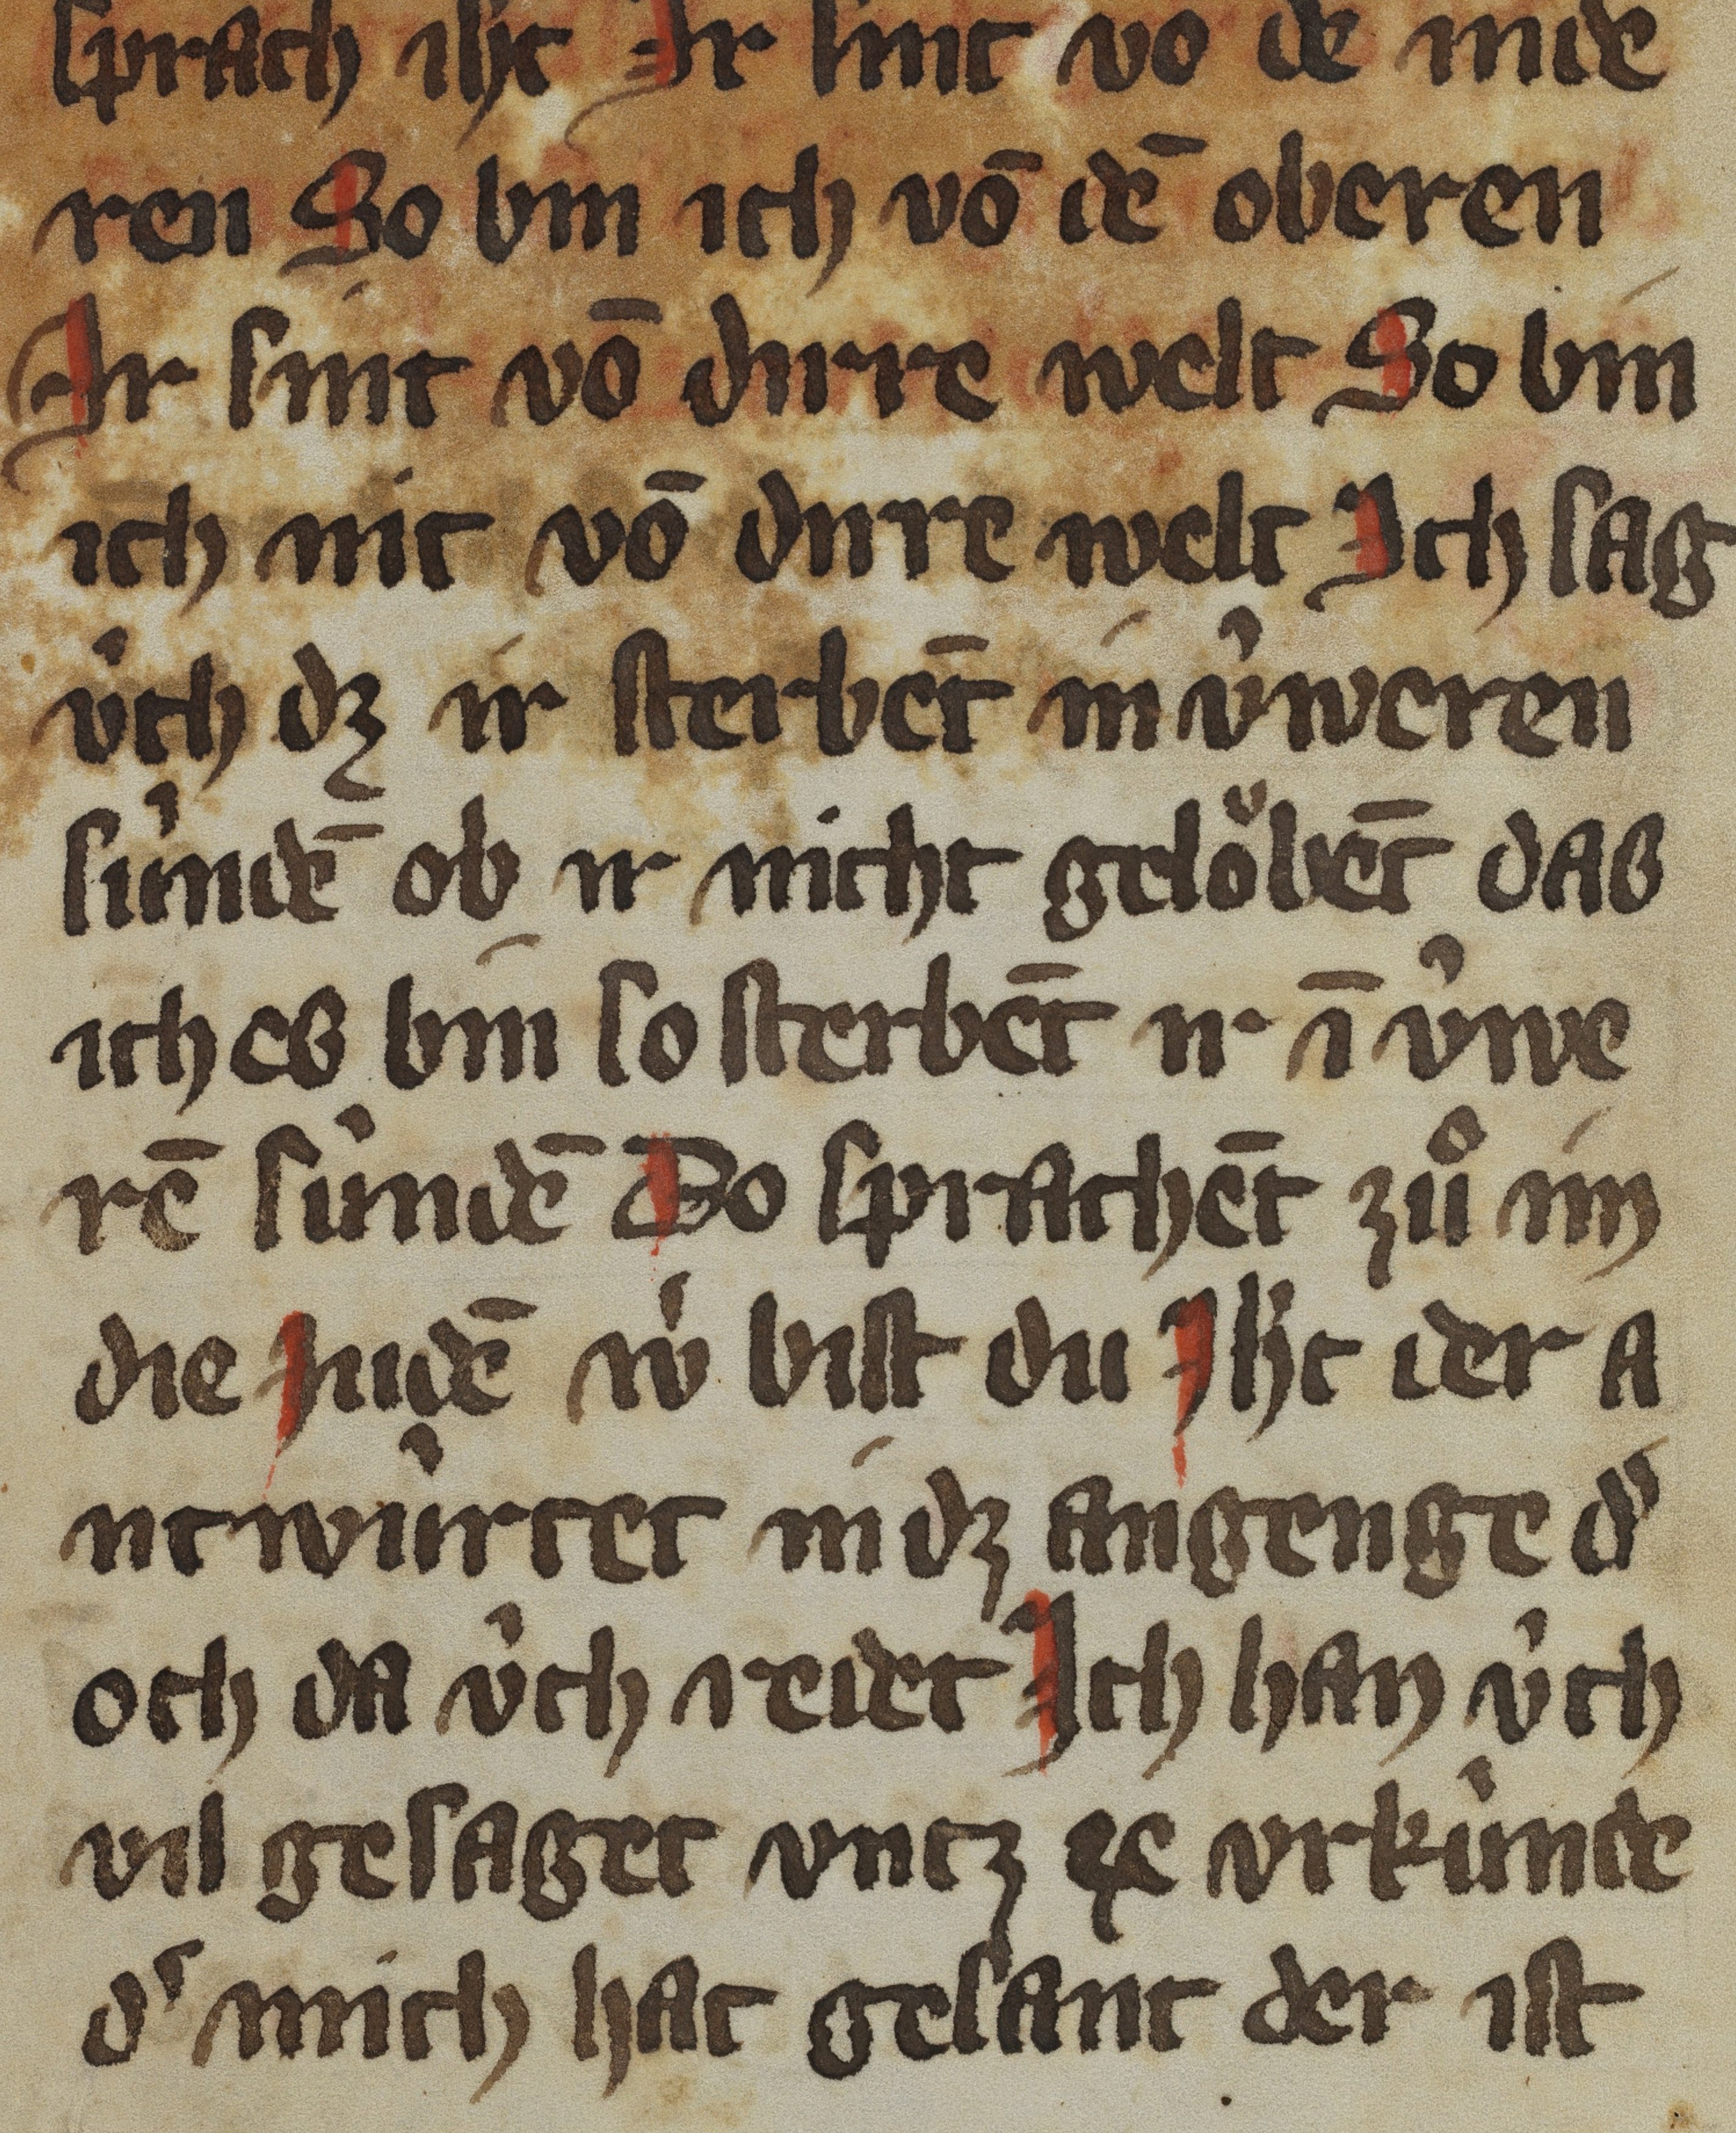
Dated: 1350–1399